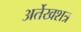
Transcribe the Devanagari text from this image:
अर्तेखशत्र